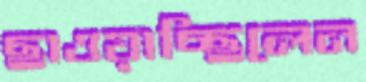
ছাওয়াচ্ছিলেন